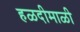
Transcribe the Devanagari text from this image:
हळदीमाळी